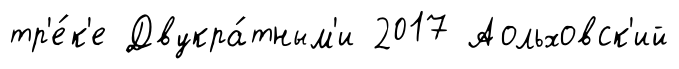
тр'е́к'е Двукра́тным'и 2017 Аольховск'ий